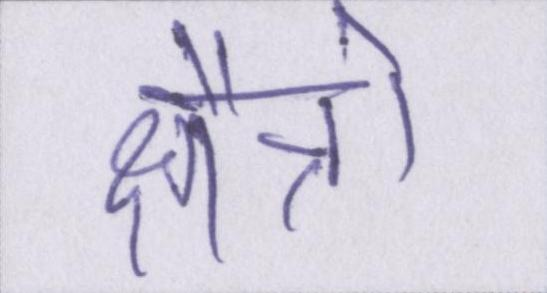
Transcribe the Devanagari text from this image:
क्षैत्रो